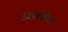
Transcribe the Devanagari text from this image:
उत्कीण